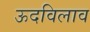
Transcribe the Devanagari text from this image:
ऊदविलाव